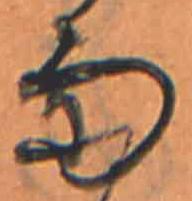
雨